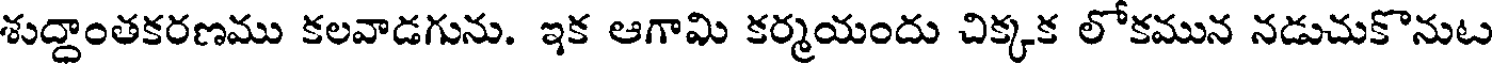
శుద్దాంతకరణము కలవాడగును. ఇక ఆగామి కర్మయందు చిక్కక లోకమున నడుచుకొనుట